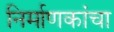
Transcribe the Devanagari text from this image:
निर्माणकांचा